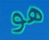
هو